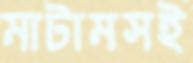
মাটামসই